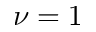
\nu = 1